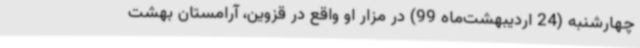
چهارشنبه (24 اردیبهشت‌ماه 99) در مزار او واقع در قزوین، آرامستان بهشت